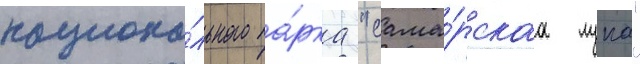
национа́льного па́рка "сама́рскаа лука"